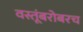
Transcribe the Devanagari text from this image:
वस्तूंबरोबरच